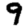
Digit: 9